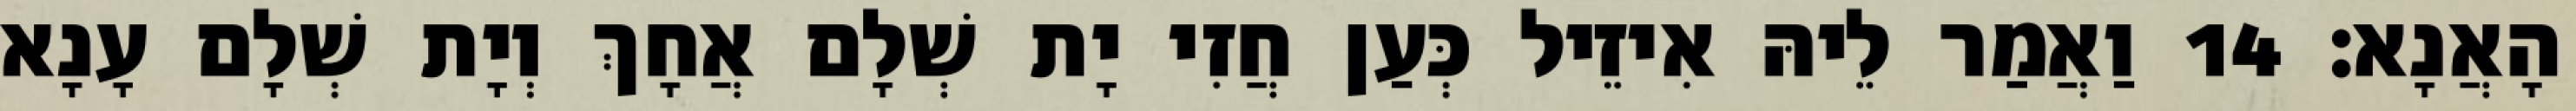
הָאֲנָא׃ 14 וַאֲמַר לֵיהּ אִיזֵיל כְּעַן חֲזִי יָת שְׁלָם אֲחָךְ וְיָת שְׁלָם עָנָא